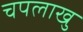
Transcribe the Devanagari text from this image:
चपलाखु